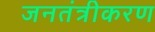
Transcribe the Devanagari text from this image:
जनतंत्रीकरण